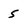
Character: 5